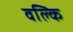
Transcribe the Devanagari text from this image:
वल्‍कि